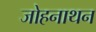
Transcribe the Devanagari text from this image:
जोहनाथन